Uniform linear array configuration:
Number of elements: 16
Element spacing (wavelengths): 0.25
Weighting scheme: uniform
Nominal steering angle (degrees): -60
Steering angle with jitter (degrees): -59.73
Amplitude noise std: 0.05
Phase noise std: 0.05

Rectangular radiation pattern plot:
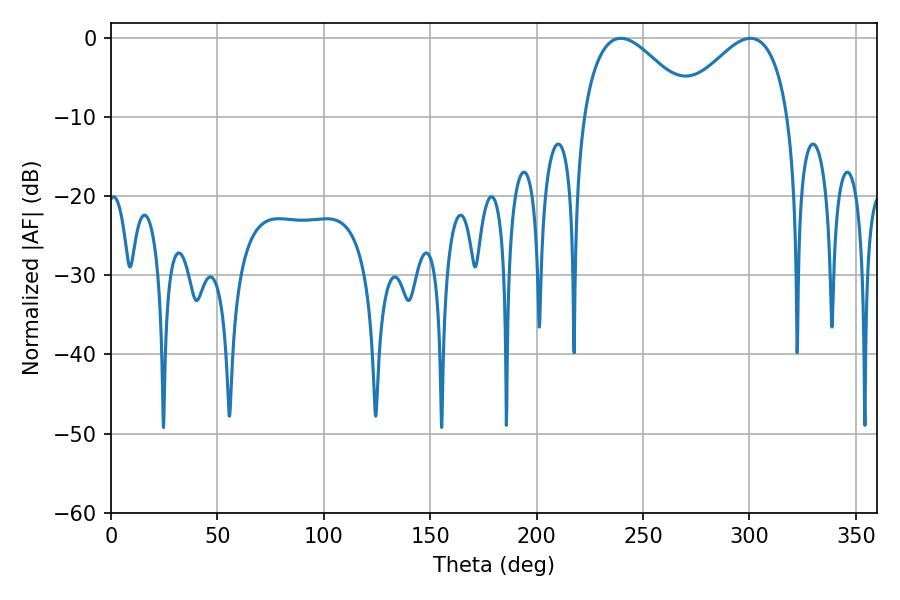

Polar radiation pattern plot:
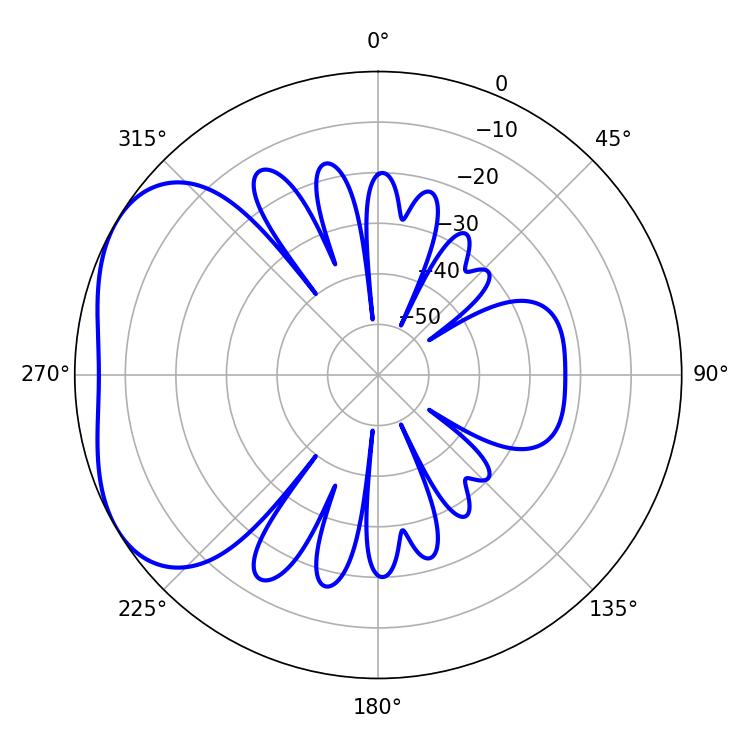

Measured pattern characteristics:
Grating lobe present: FALSE
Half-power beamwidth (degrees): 28.08
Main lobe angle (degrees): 239.58